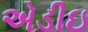
એડીઇ